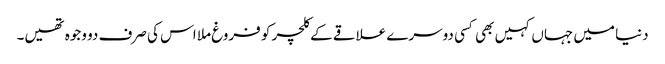
دنیا میں جہاں کہیں بھی کسی دوسرے علاقے کے کلچر کو فروغ ملا اس کی صرف دو وجوہ تھیں۔